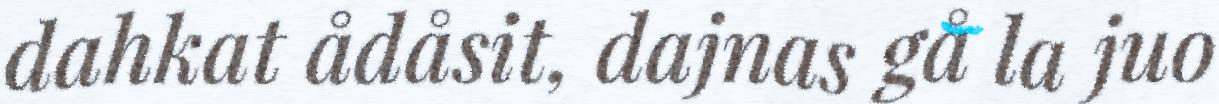
dahkat ådåsit, dajnas gå la juo